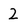
Character: 2